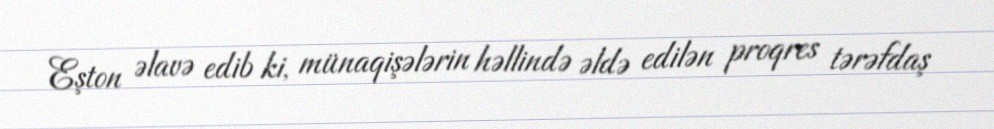
Eşton əlavə edib ki, münaqişələrin həllində əldə edilən proqres tərəfdaş